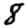
Digit: 8